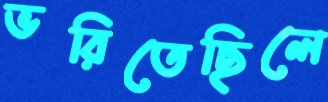
ভরিতেছিলে